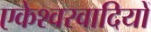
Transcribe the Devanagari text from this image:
एकेश्वरवादियों